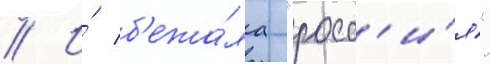
// И́ б'ежа́ла "росс'и́я"